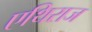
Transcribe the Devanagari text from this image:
एथिराज